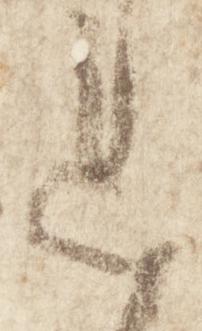
連